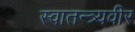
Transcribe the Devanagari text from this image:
स्वातन्त्र्यवीर